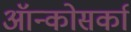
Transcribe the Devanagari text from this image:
ऑन्कोसर्का